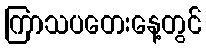
ကြာသပတေးနေ့တွင်